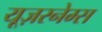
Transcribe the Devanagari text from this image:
यूज़रनेम्स